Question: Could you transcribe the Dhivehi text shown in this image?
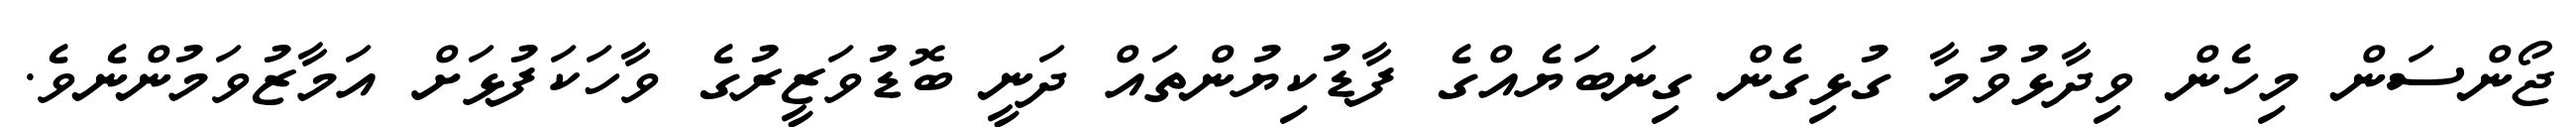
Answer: ޖޯންސަން މިހެން ވިދާޅުވުމާ ގުޅިގެން ގިނަބަޔެއްގެ ފާޑުކިޔުންތައް ދަނީ ބޮޑުވަޒީރުގެ ވާހަކަފުޅަށް އަމާޒުވަމުންނެވެ.